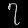
Digit: ၇